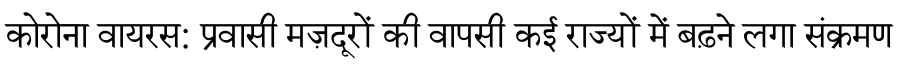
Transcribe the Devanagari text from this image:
कोरोना वायरस: प्रवासी मज़दूरों की वापसी कई राज्यों में बढ़ने लगा संक्रमण